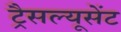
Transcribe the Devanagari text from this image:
ट्रैसल्यूसेंट